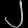
Digit: ၂